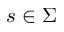
s \in \Sigma